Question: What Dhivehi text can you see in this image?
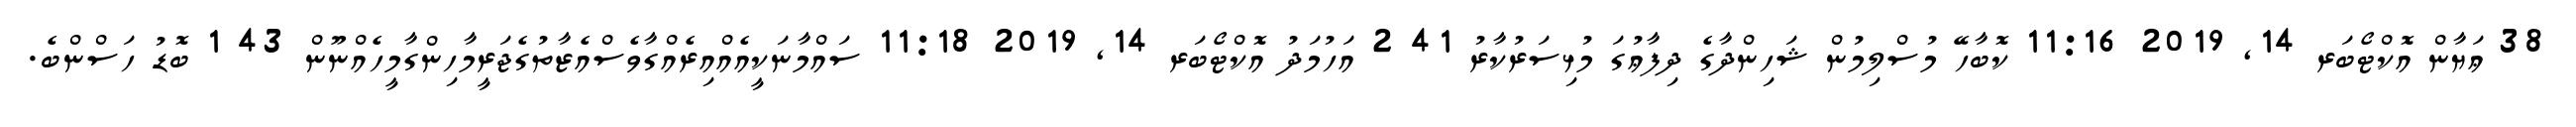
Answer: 38 ޢަޔާން އޮކްޓޯބަރ 14, 2019 11:16 ކޮބާހޭ މުސްލިމުން ޝަހިންދާގެ ދިފާޢުގަ މުޅިސަރުކާރު 41 2 އަހުމަދު އޮކްޓޯބަރ 14, 2019 11:18 ސައްމާނަކީއެއްއިރެއްގާވެސްއެޒާތުގެޖަރީމާހިންގާމީހެއްނޫން 43 1 ބޮޑު ހަސްންބެ.